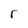
Character: r